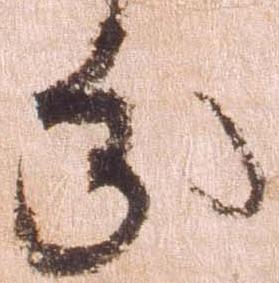
分